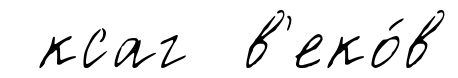
ксаг в'еко́в